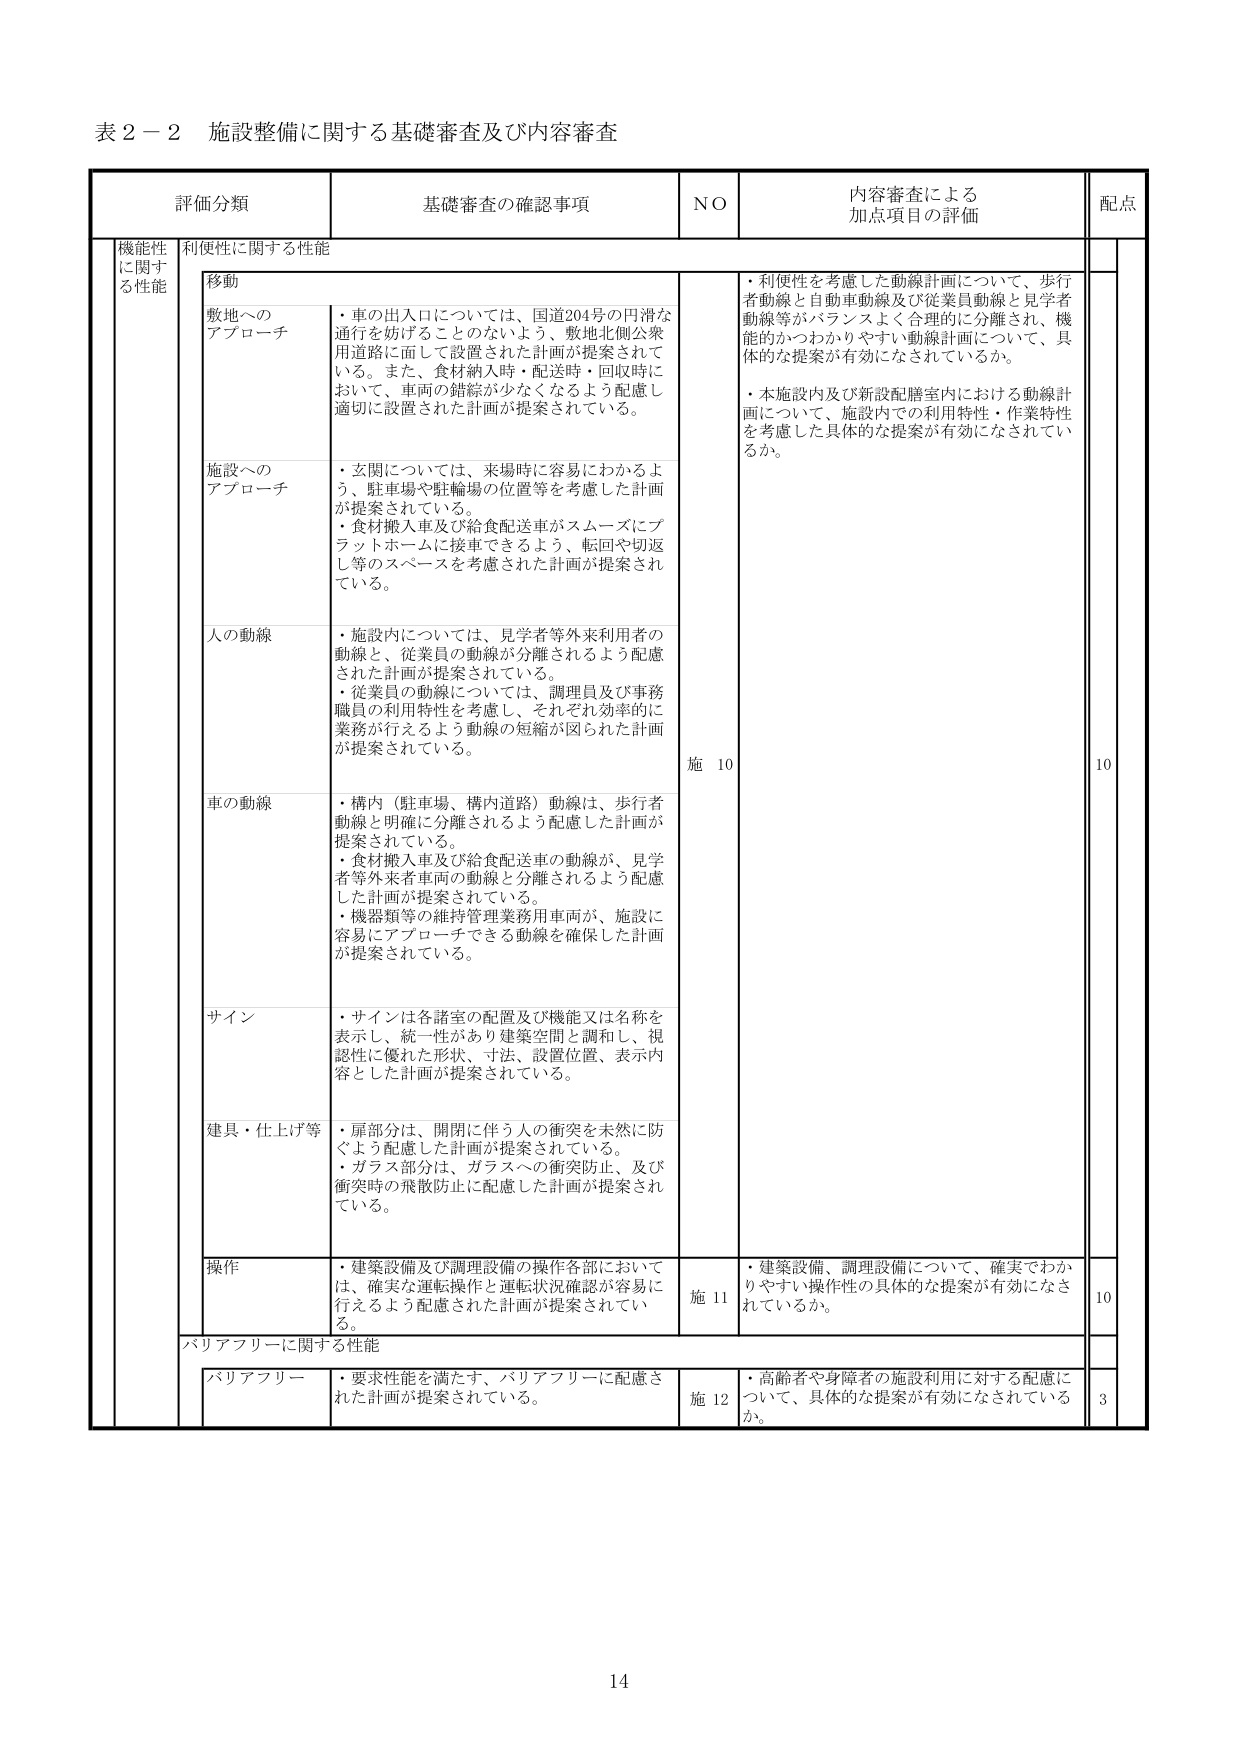
表２－２ 施設整備に関する基礎審査及び内容審査

評価分類 基礎審査の確認事項 NO 内容審査による加点項目の評価 配点

機能性に関する性能 利便性に関する性能

移動
・車の出入口については、国道204号の円滑な通行を妨げることのないよう、敷地北側公衆用道路に面して設置された計画が提案されている。また、食材納入時・配送時・回収時において、車両の錯綜が少なくなるよう配慮し適切に設置された計画が提案されている。

敷地へのアプローチ

施設へのアプローチ
・玄関については、来場時に容易にわかるよう、駐車場や駐輪場の位置等を考慮した計画が提案されている。
・食材搬入車及び給食配送車がスムーズにプラットホームに接車できるよう、転回や切返し等のスペースを考慮された計画が提案されている。

人の動線
・施設内については、見学者等外来利用者の動線と、従業員の動線が分離されるよう配慮された計画が提案されている。
・従業員の動線については、調理員及び事務職員の利用特性を考慮し、それぞれ効率的に業務が行えるよう動線の短縮が図られた計画が提案されている。

車の動線
・構内（駐車場、構内道路）動線は、歩行者動線と明確に分離されるよう配慮した計画が提案されている。
・食材搬入車及び給食配送車の動線が、見学者等外来者車両の動線と分離されるよう配慮した計画が提案されている。
・機器類等の維持管理業務用車両が、施設に容易にアプローチできる動線を確保した計画が提案されている。

サイン
・サインは各諸室の配置及び機能又は名称を表示し、統一性があり建築空間と調和し、視認性に優れた形状、寸法、設置位置、表示内容とした計画が提案されている。

建具・仕上げ等
・扉部分は、開閉に伴う人の衝突を未然に防ぐよう配慮した計画が提案されている。
・ガラス部分は、ガラスへの衝突防止、及び衝突時の飛散防止に配慮した計画が提案されている。

操作
・建築設備及び調理設備の操作各部においては、確実な運転操作と運転状況確認が容易に行えるよう配慮された計画が提案されている。

バリアフリーに関する性能

バリアフリー
・要求性能を満たす、バリアフリーに配慮された計画が提案されている。

・利便性を考慮した動線計画について、歩行者動線と自動車動線及び従業員動線と見学者動線等がバランスよく合理的に分離され、機能的かつわかりやすい動線計画について、具体的な提案が有効になされているか。
・本施設内及び新設配膳室内における動線計画について、施設内での利用特性・作業特性を考慮した具体的な提案が有効になされているか。

施 10 10

・建築設備、調理設備について、確実でわかりやすい操作性の具体的な提案が有効になされているか。

施 11 10

・高齢者や身障者の施設利用に対する配慮について、具体的な提案が有効になされているか。

施 12 3

14